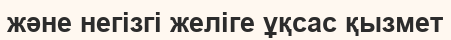
және негізгі желіге ұқсас қызмет